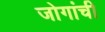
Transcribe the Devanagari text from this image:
जोगांची